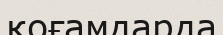
қоғамдарда